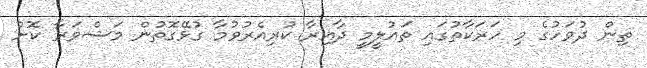
ތިން ދުވަހުގެ މި ހަރަކާތުގައި ތައުލީމީ ދާއިރާ ކުރިއެރުވުމާ ގުޅޭގޮތުން މަޝްވަރާ ކޮށް